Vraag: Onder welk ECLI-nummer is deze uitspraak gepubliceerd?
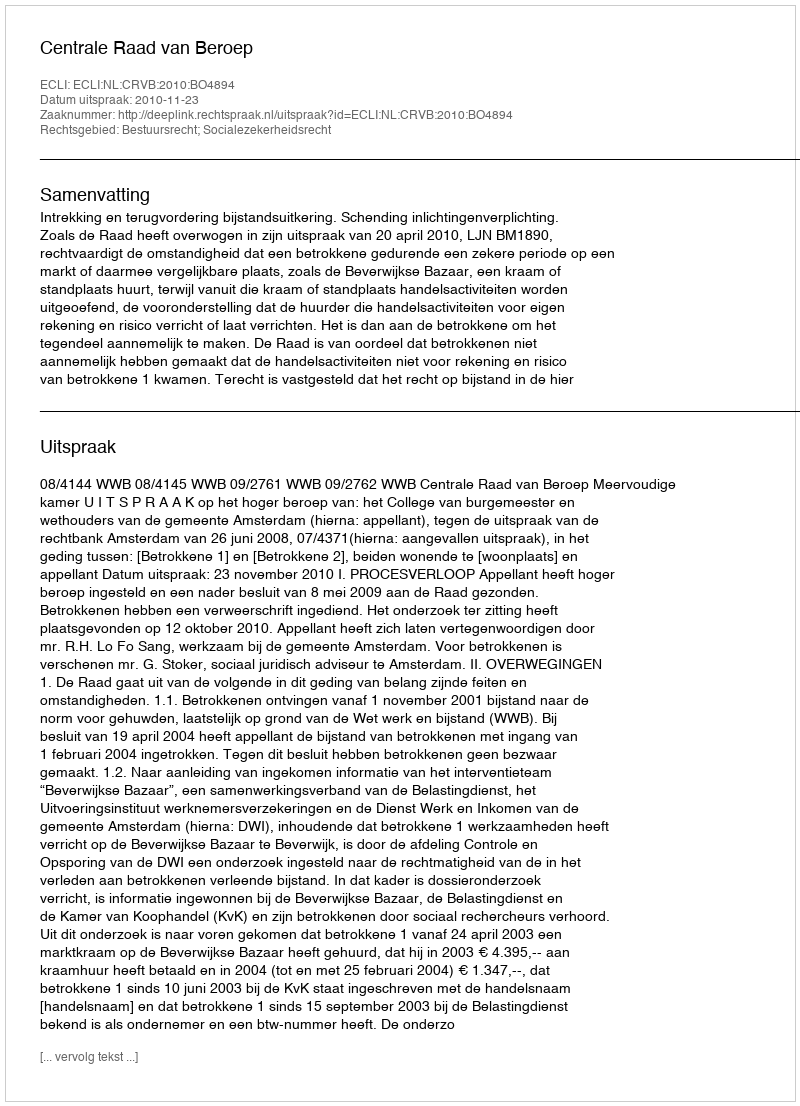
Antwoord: ECLI:NL:CRVB:2010:BO4894